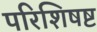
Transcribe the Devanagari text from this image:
परिशिषष्ट